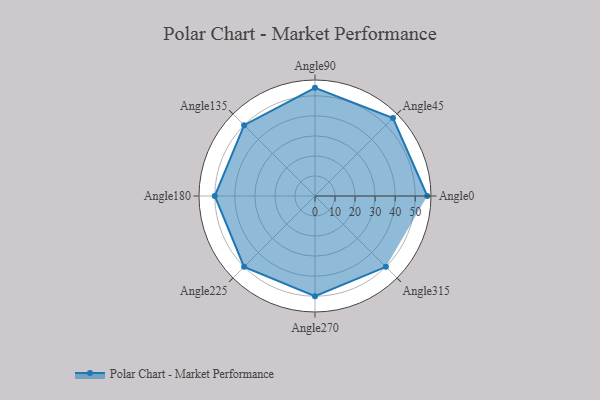
{"axis": {"x": "Angle", "y": "Radius"}, "legend": [""], "data": [{"x": "Angle0", "y": 56.0, "type": ""}, {"x": "Angle45", "y": 55.0, "type": ""}, {"x": "Angle90", "y": 54.0, "type": ""}, {"x": "Angle135", "y": 50, "type": ""}, {"x": "Angle180", "y": 50, "type": ""}, {"x": "Angle225", "y": 50, "type": ""}, {"x": "Angle270", "y": 50, "type": ""}, {"x": "Angle315", "y": 50, "type": ""}]}